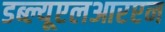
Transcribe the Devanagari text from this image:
डब्ल्यूएलआरएन